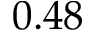
0 . 4 8